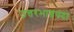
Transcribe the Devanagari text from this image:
उत्तरभाद्रपदा